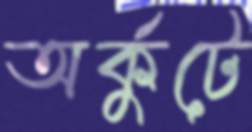
অর্কুটে